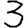
Digit: 3